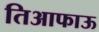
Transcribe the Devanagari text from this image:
तिआफाऊ